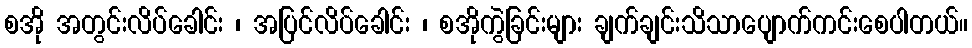
စအို အတွင်းလိပ်ခေါင်း ၊ အပြင်လိပ်ခေါင်း ၊ စအိုကွဲခြင်းများ ချက်ချင်းသိသာပျောက်ကင်းစေပါတယ်။